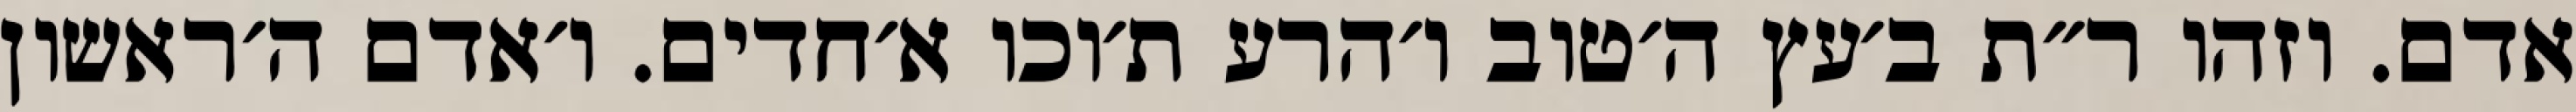
אדם. וזהו ר״ת ב׳עץ ה׳טוב ו׳הרע ת׳וכו א׳חדים. ו׳אדם ה׳ראשון